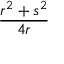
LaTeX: \frac { r ^ { 2 } + s ^ { 2 } } { 4 r }